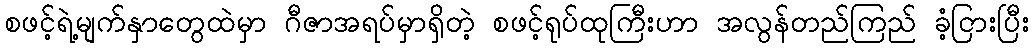
စဖင့်ရဲ့မျက်နှာတွေထဲမှာ ဂီဇာအရပ်မှာရှိတဲ့ စဖင့်ရုပ်ထုကြီးဟာ အလွန်တည်ကြည် ခံ့ငြားပြီး